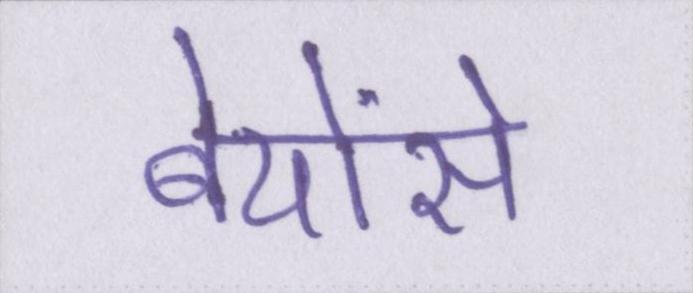
बेयोंसे